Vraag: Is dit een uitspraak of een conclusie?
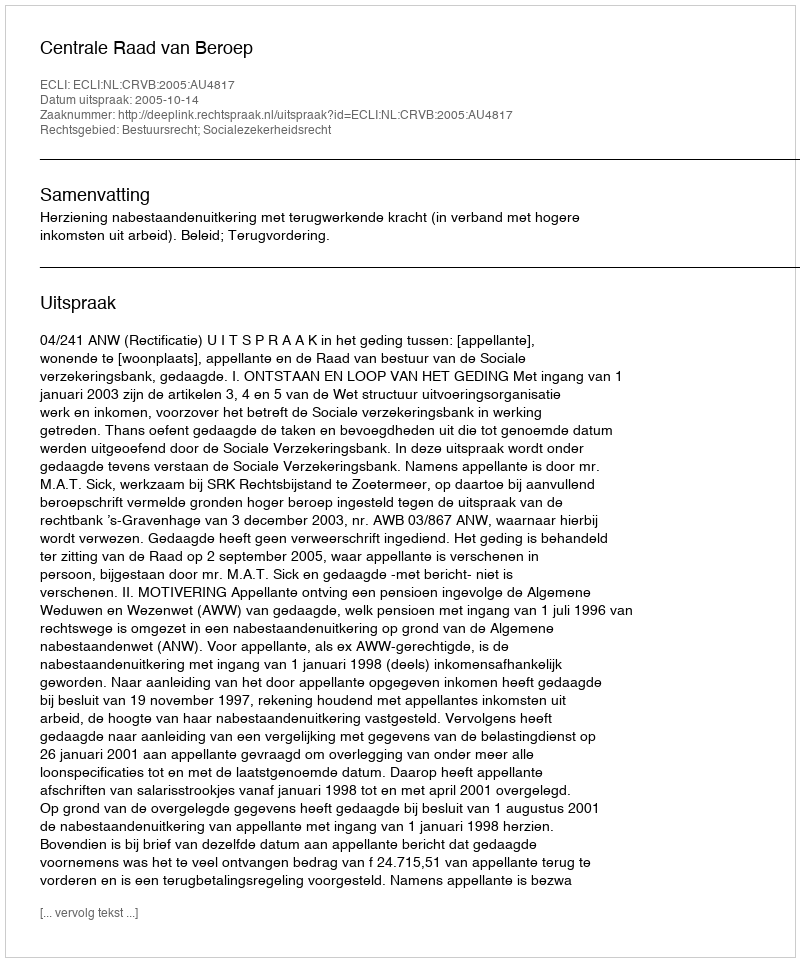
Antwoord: Uitspraak